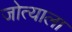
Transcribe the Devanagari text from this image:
जोत्याला